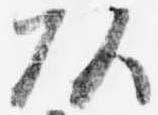
頭